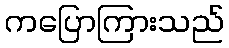
ကပြောကြားသည်